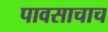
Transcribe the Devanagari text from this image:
पावसाचाच